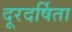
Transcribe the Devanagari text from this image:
दूरदर्षिता